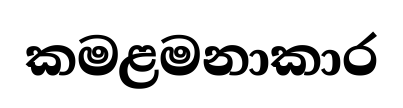
කමළමනාකාර